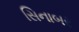
સિનાબર